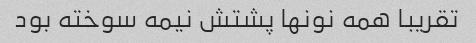
تقریبا همه نونها پشتش نیمه سوخته بود